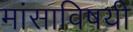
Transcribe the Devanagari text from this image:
मांसाविषयी